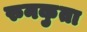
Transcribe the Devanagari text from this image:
रुनकुता